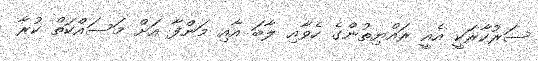
ސަރުކާރަކީ އެއީ ރައްޔިތުންގެ ހެވާއި ލާބަ އާއި މަންފާ އަށް މަސައްކަތް ކުރާ